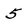
Character: 5